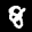
Digit: 8